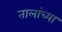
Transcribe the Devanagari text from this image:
तालांच्या